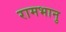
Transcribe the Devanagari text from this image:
रामभानु